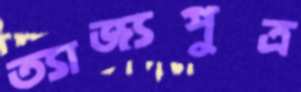
ত্যাজ্যপুত্র